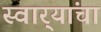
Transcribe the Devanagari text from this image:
स्वार्‍यांचा